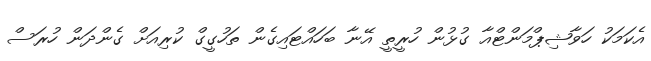
އެކަމަކު ހަވާޝިޕްމަންޓްއާ ގުޅުން ހުރީތީ އޭނާ ބަހައްޓައިގެން ތަހުގީގް ކުރިއަށް ގެންދަން ހުރަސް